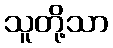
သူတို့သာ